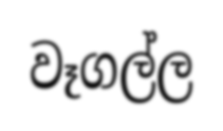
වෑගල්ල